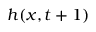
h ( x , t + 1 )